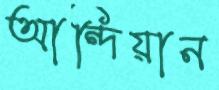
আন্দিয়ান